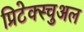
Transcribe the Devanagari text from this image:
प्रिटेक्स्चुअल